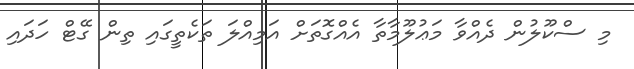
މި ސްކޫލުން ދެއްވާ މަޢުލޫމާތާ އެއްގޮތަށް އަމިއްލަ ތަކެތީގައި ތިން ގޭޓް ހަދައި